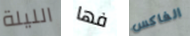
الليلة فها الفاكس